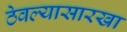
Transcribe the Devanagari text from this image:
ठेवल्यासारखा